Senior Leaving Certificate Examination (including Day School Certificate (Higher) General paper), 1950
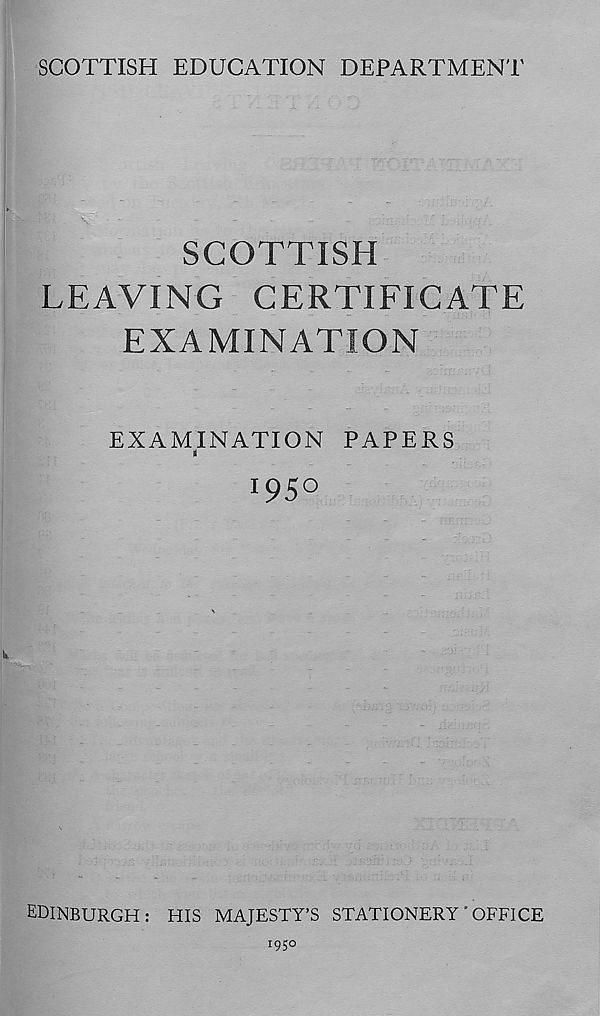
SCOTTISH EDUCATION DEPARTMENT
SCOTTISH
LEAVING CERTIFICATE
EXAMINATION
EXAMINATION PAPERS
a
^S 0
EDINBURGH: HIS MAJESTY’S STATIONERY ' OFFICE